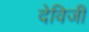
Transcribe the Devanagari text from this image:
देविजी